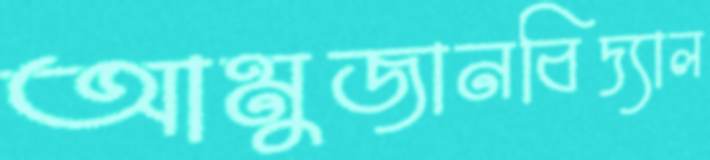
আমুজানবিদ্যাল